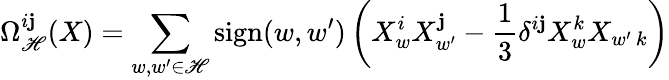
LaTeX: \Omega_{\mathscr{H}}^{i\mathbf{j}}(X)=\sum_{w,{w^{\prime}}\in\mathscr{H}}\mathrm{{sign}}(w,{w^{\prime}})\left(X_{w}^{i}X_{w^{\prime}}^{\mathbf{j}}-{\frac{{1}}{{3}}}\delta^{i\mathbf{j}}X_{w}^{k}X_{w^{\prime}\, k}\right)